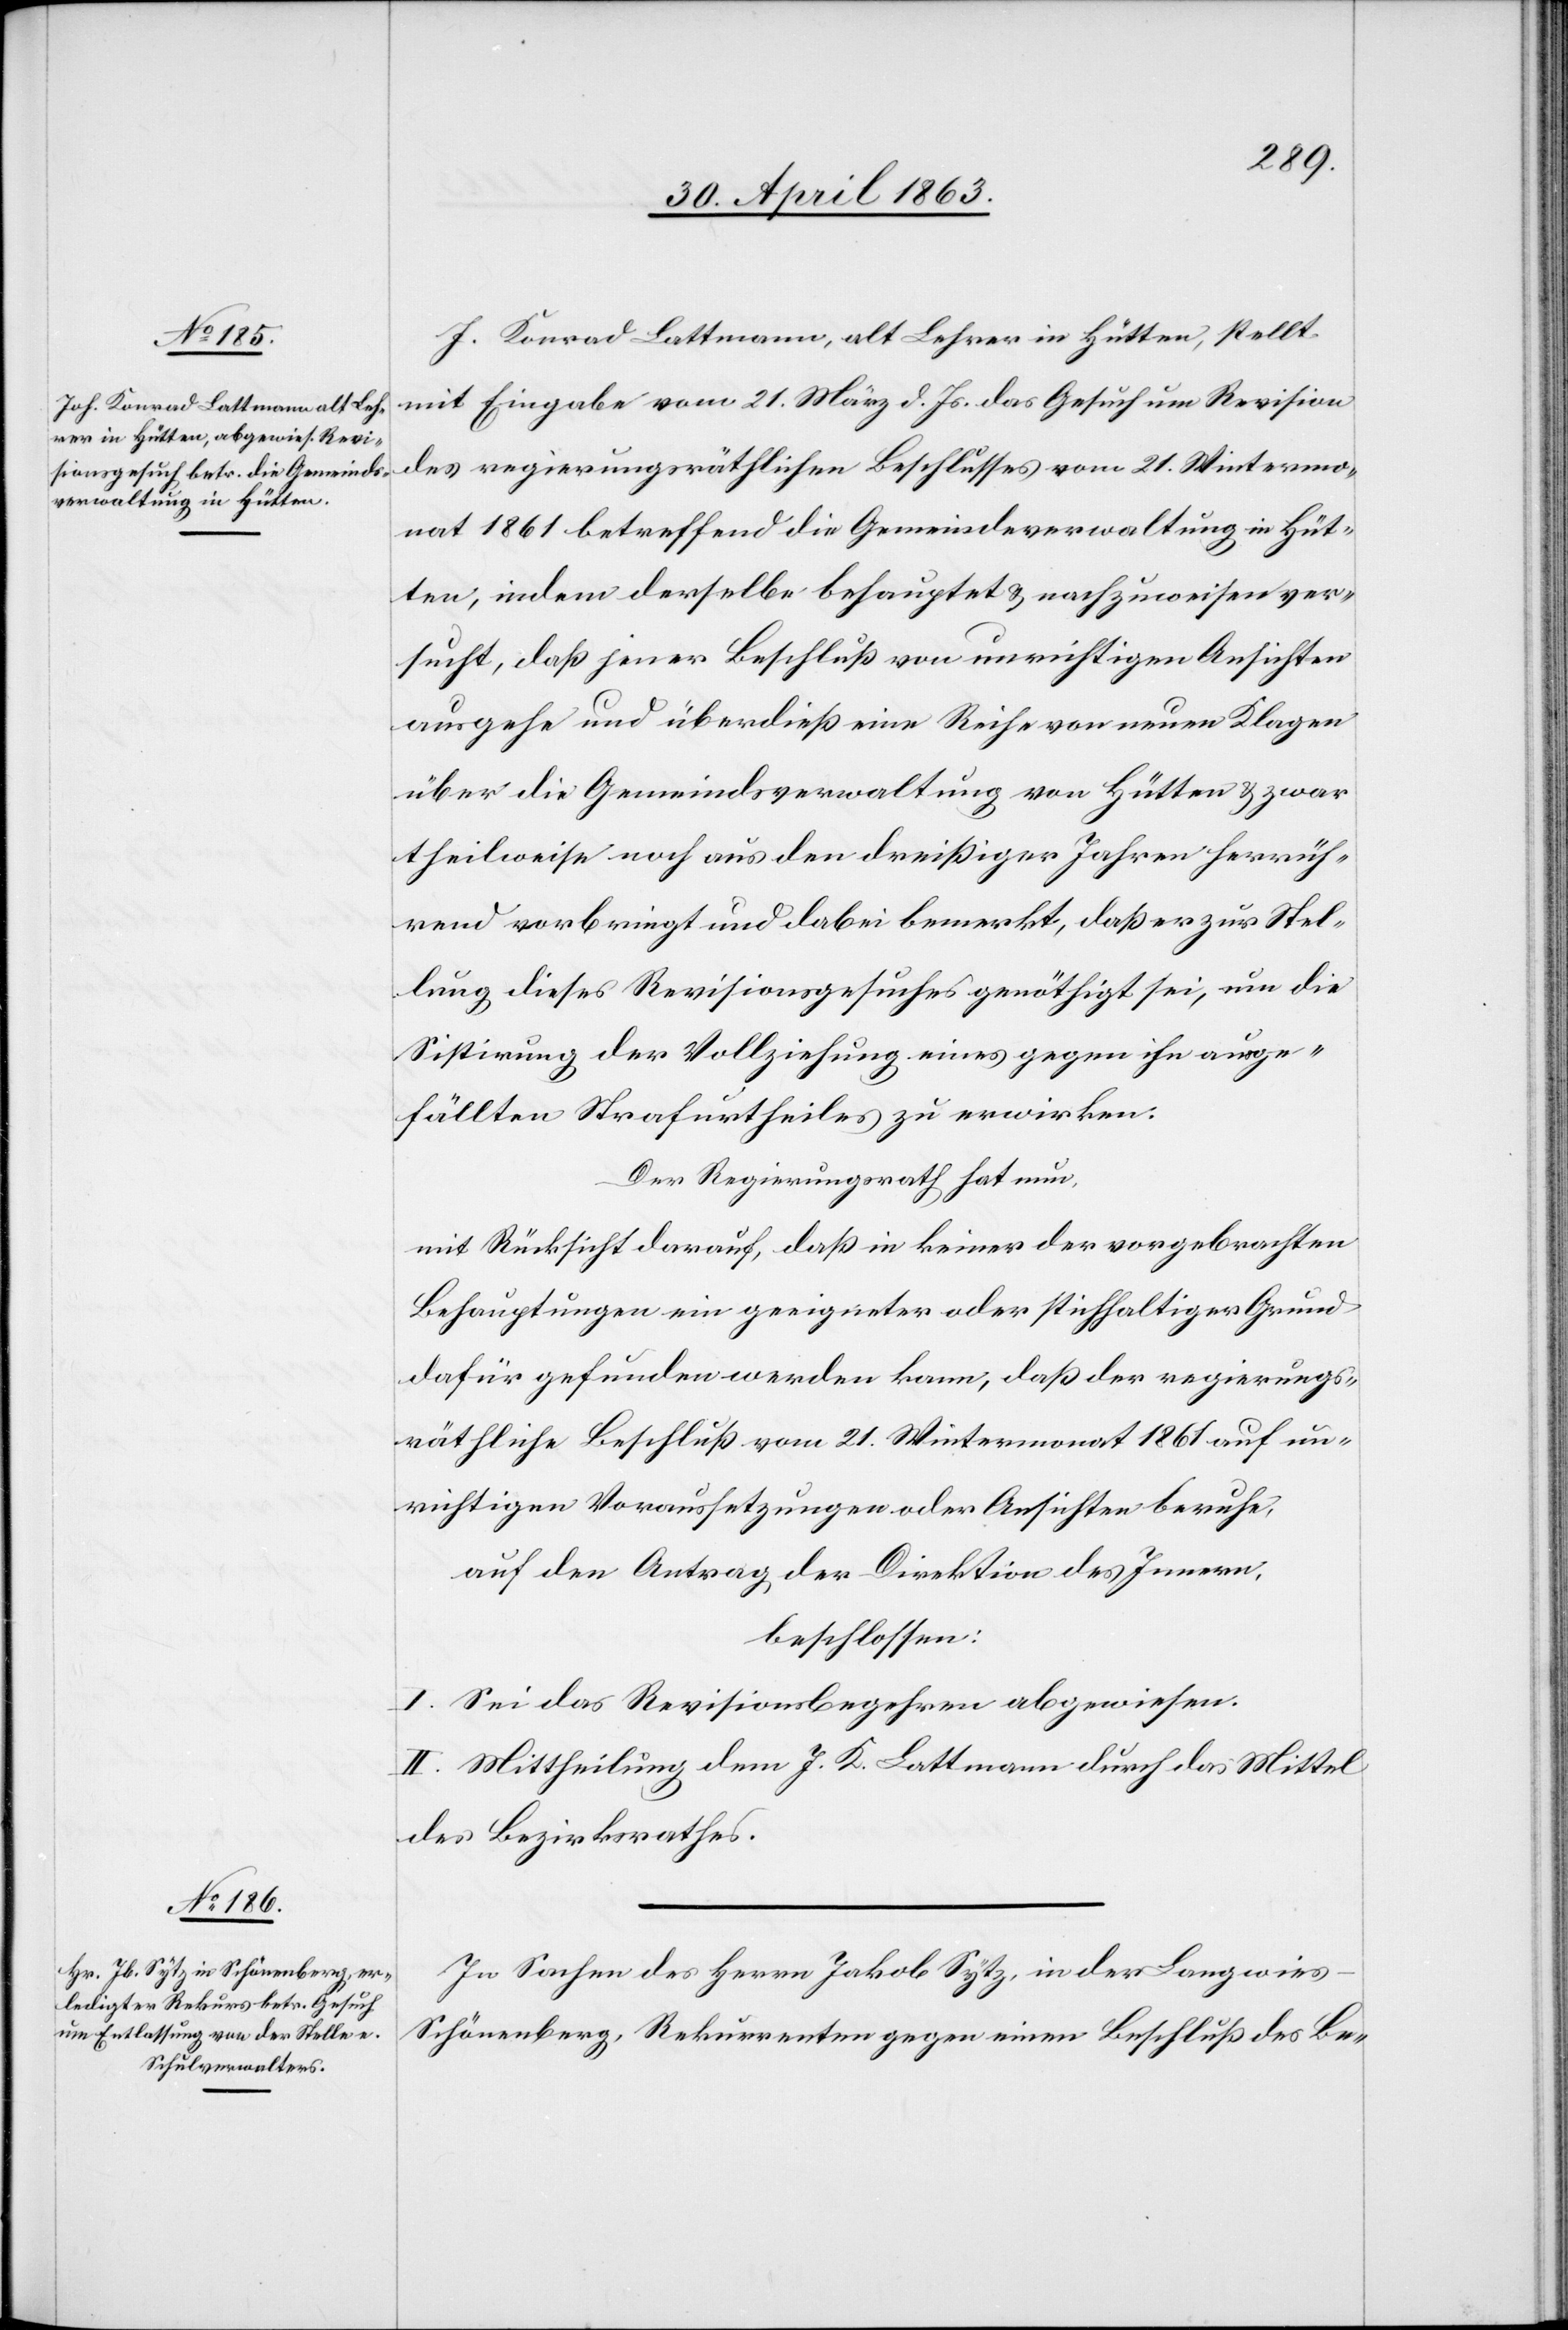
J. Konrad Lattmann, alt Lehrer in Hütten, stellt
mit Eingabe vom 21. März d. Js. das Gesuch um Revision
des regierungsräthlichen Beschlusses vom 21. Wintermo¬
nat 1861 betreffend die Gemeindeverwaltung in Hüt¬
ten, indem derselbe behauptet & nachzuweisen ver¬
sucht, daß jener Beschluß von unrichtigen Ansichten
ausgehe und überdieß eine Reihe von neuen Klagen
über die Gemeindsverwaltung von Hütten & zwar
theilweise noch aus den dreißiger Jahren herrüh¬
rend vorbringt und dabei bemerkt, daß er zur Stel¬
lung dieses Revisionsgesuches genöthigt sei, um die
Sistirung der Vollziehung eines gegen ihn ausge¬
fällten Strafurtheiles zu erwirken.
Der Regierungsrath hat nun,
mit Rücksicht darauf, daß in keiner der vorgebrachten
Behauptungen ein geeigneter oder stichhaltiger Grund
dafür gefunden werden kann, daß der regierungs¬
räthliche Beschluß vom 21. Wintermonat 1861 auf un¬
richtigen Voraussetzungen oder Ansichten beruhe,
auf den Antrag der Direktion des Innern,
beschlossen:
I. Sei das Revisionsbegehren abgewiesen.
II. Mittheilung dem J. K. Lattmann durch das Mittel
des Bezirksrathes.
In Sachen des Herrn Jakob Sytz, in der Langwie¬
s-Schönenberg, Rekurrenten gegen einen Beschluß des Be-